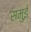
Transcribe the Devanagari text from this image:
समुई